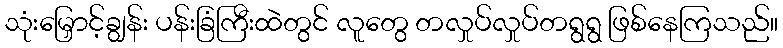
သုံးမြှောင့်ချွန်း ပန်းခြံကြီးထဲတွင် လူတွေ တလှုပ်လှုပ်တရွရွ ဖြစ်နေကြသည်။